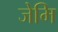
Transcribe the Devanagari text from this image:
जेमि